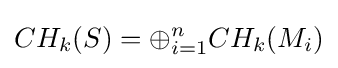
CH_{k}(S)=\oplus _{i=1}^{n}CH_{k}(M_{i})